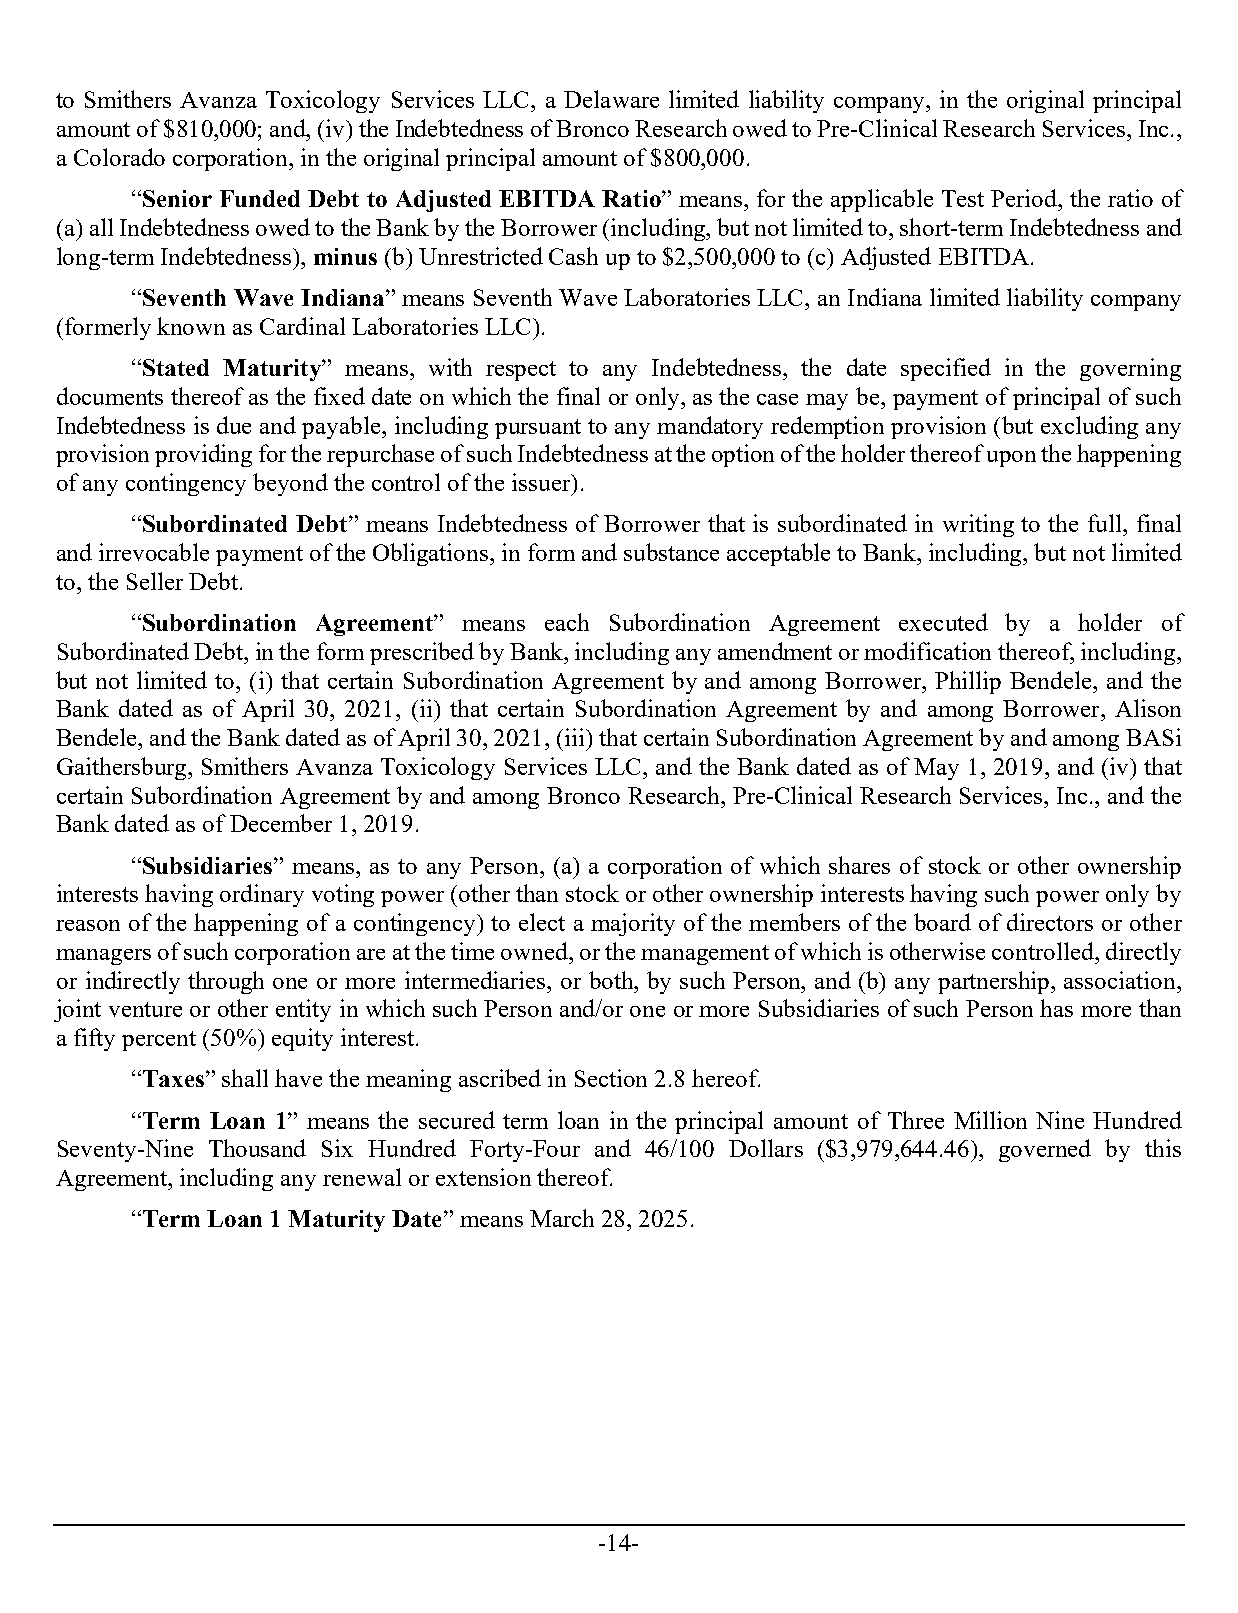
to Smithers Avanza Toxicology Services LLC, a Delaware limited liability company, in the original principal
 amount of $810,000; and, (iv) the Indebtedness of Bronco Research owed to Pre-Clinical Research Services, Inc.,
 a Colorado corporation, in the original principal amount of $800,000.
 “Senior Funded Debt to Adjusted EBITDA Ratio” means, for the applicable Test Period, the ratio of
 (a) all Indebtedness owed to the Bank by the Borrower (including, but not limited to, short-term Indebtedness and
 long-term Indebtedness), minus (b) Unrestricted Cash up to $2,500,000 to (c) Adjusted EBITDA.
 “Seventh Wave Indiana” means Seventh Wave Laboratories LLC, an Indiana limited liability company
 (formerly known as Cardinal Laboratories LLC).
 “Stated Maturity” means, with respect to any Indebtedness, the date specified in the governing
 documents thereof as the fixed date on which the final or only, as the case may be, payment of principal of such
 Indebtedness is due and payable, including pursuant to any mandatory redemption provision (but excluding any
 provision providing for the repurchase of such Indebtedness at the option of the holder thereof upon the happening
 of any contingency beyond the control of the issuer).
 “Subordinated Debt” means Indebtedness of Borrower that is subordinated in writing to the full, final
 and irrevocable payment of the Obligations, in form and substance acceptable to Bank, including, but not limited
 to, the Seller Debt.
 “Subordination Agreement” means each Subordination Agreement executed by a holder of
 Subordinated Debt, in the form prescribed by Bank, including any amendment or modification thereof, including,
 but not limited to, (i) that certain Subordination Agreement by and among Borrower, Phillip Bendele, and the
 Bank dated as of April 30, 2021, (ii) that certain Subordination Agreement by and among Borrower, Alison
 Bendele, and the Bank dated as of April 30, 2021, (iii) that certain Subordination Agreement by and among BASi
 Gaithersburg, Smithers Avanza Toxicology Services LLC, and the Bank dated as of May 1, 2019, and (iv) that
 certain Subordination Agreement by and among Bronco Research, Pre-Clinical Research Services, Inc., and the
 Bank dated as of December 1, 2019.
 “Subsidiaries” means, as to any Person, (a) a corporation of which shares of stock or other ownership
 interests having ordinary voting power (other than stock or other ownership interests having such power only by
 reason of the happening of a contingency) to elect a majority of the members of the board of directors or other
 managers of such corporation are at the time owned, or the management of which is otherwise controlled, directly
 or indirectly through one or more intermediaries, or both, by such Person, and (b) any partnership, association,
 joint venture or other entity in which such Person and/or one or more Subsidiaries of such Person has more than
 a fifty percent (50%) equity interest.
 “Taxes” shall have the meaning ascribed in Section 2.8 hereof.
 “Term Loan 1” means the secured term loan in the principal amount of Three Million Nine Hundred
 Seventy-Nine Thousand Six Hundred Forty-Four and 46/100 Dollars ($3,979,644.46), governed by this
 Agreement, including any renewal or extension thereof.
 “Term Loan 1 Maturity Date” means March 28, 2025.
 -14-